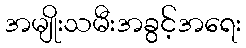
အမျိုးသမီးအခွင့်အရေး